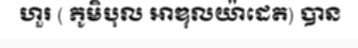
ហួរ ( ភូមិបុល អាឌុលយ៉ាដេត) បាន